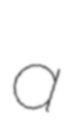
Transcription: a